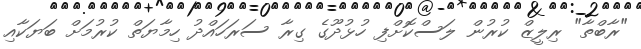
"ރާބްތާ" ރިލީޒް ކުރުން ލަސްކޮށްފި ހުޅުދޫގެ ގިރާ ސަރަހައްދު ހިމާޔަތް ކުރުމަށް ބަޔަކާއި